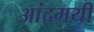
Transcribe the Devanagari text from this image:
आंदमयी